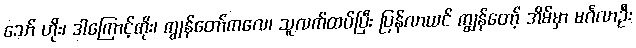
သော် ဟိုး၊ ဒါကြောင့်ကိုး၊ ကျွန်တော်ကလေ၊ သူလက်ထပ်ပြီး ပြန်လာယင် ကျွန်တော့် အိမ်မှာ မင်္ဂလာဦး